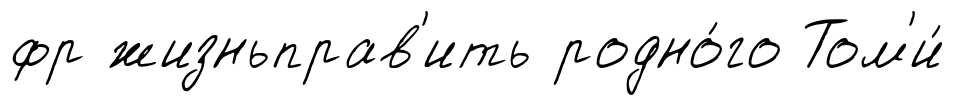
фр жизньправ'ить родно́го Том'и́